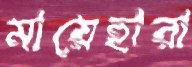
মায়েহারা